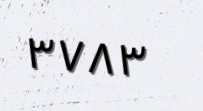
٣٧٨٣